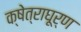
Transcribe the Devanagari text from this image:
क्षेत्राघूर्ण